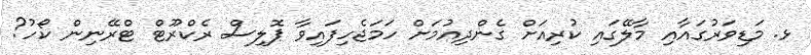
ޅ. މަޑިވަރުގައާއި މާލޭގައި ކުރިއަށް ގެންދިއުމަށް ހަމަޖެހިފައިވާ ޕޮލިސް ރެކްރޫޓް ޓްރޭނިން ކޯހު?